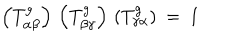
LaTeX: \left( T _ { \alpha \beta } ^ { g } \right) \, \left( T _ { \beta \gamma } ^ { g } \right) \, \left( T _ { \gamma \alpha } ^ { g } \right) \: = \: 1